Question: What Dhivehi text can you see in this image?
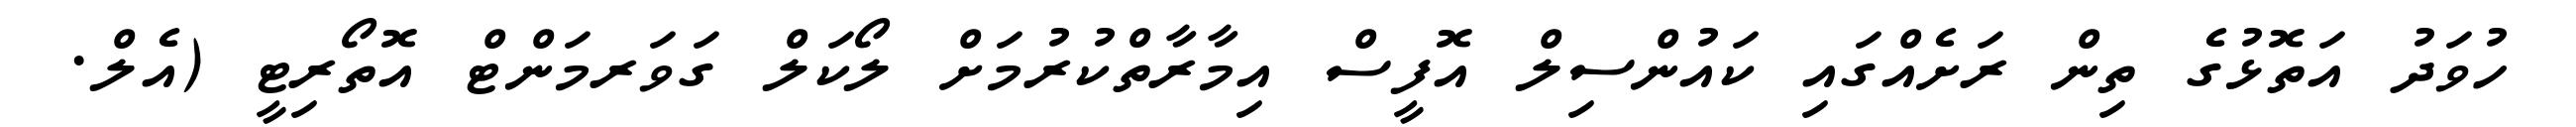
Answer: ހުވަދު އަތޮޅުގެ ތިން ރަށެއްގައި ކައުންސިލް އޮފީސް އިމާރާތްކުރުމަށް ލޯކަލް ގަވަރމަންޓް އޮތޯރިޓީ (އެލް.